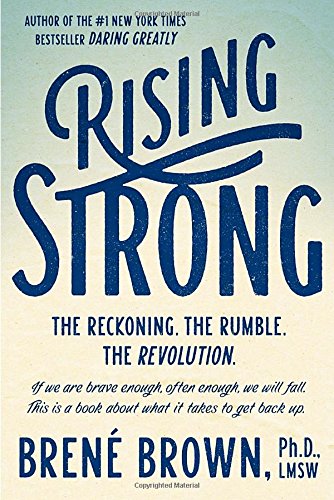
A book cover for Rising Strong; BrenÃ© Brown; Self-Help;